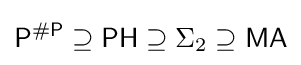
{\mathsf {P^{\#P}}}\supseteq {\mathsf {PH}}\supseteq \Sigma _{2}\supseteq {\mathsf {MA}}